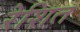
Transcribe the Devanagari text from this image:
रेशित